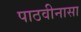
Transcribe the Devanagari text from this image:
पाठवीनासा